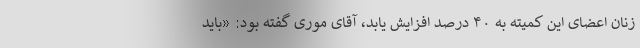
زنان اعضای این کمیته به ۴۰ درصد افزایش یابد، آقای موری گفته بود: «باید